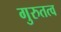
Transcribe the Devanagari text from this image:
गुरुतत्व